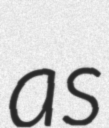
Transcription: as